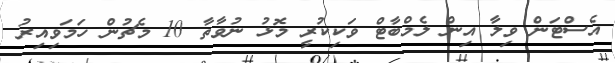
އެސްޓަން ވިލާ އިން ލެމްބާޓް ވަކިކުރީ މޮޅު ނުވާތާ 10 މެޗުން ހަމަވިއިރު